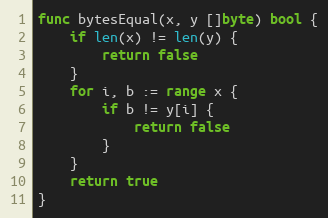
Language: Go
func bytesEqual(x, y []byte) bool {
	if len(x) != len(y) {
		return false
	}
	for i, b := range x {
		if b != y[i] {
			return false
		}
	}
	return true
}